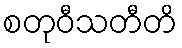
စတုဝီသတီတိ